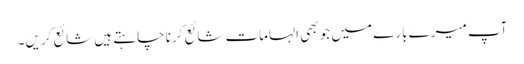
آپ میرے بارے میں جو بھی الہامات شائع کرنا چاہتے ہیں شائع کریں۔